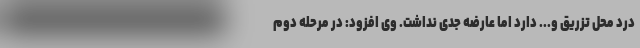
درد محل تزریق و... دارد اما عارضه جدی نداشت. وی افزود: در مرحله دوم